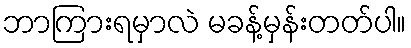
ဘာကြားရမှာလဲ မခန့်မှန်းတတ်ပါ။